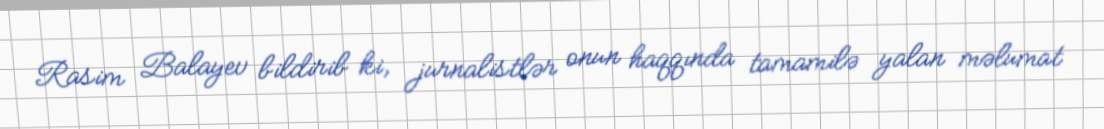
Rasim Balayev bildirib ki, jurnalistlər onun haqqında tamamilə yalan məlumat